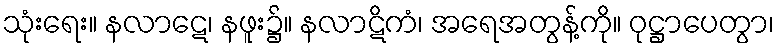
သုံးရေး။ နလာဋေ၊ နဖူး၌။ နလာဋိကံ၊ အရေအတွန့်ကို။ ဝုဋ္ဌာပေတွာ၊